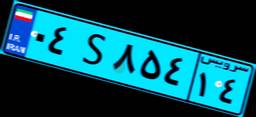
۰۴S۸۵۴۱۴